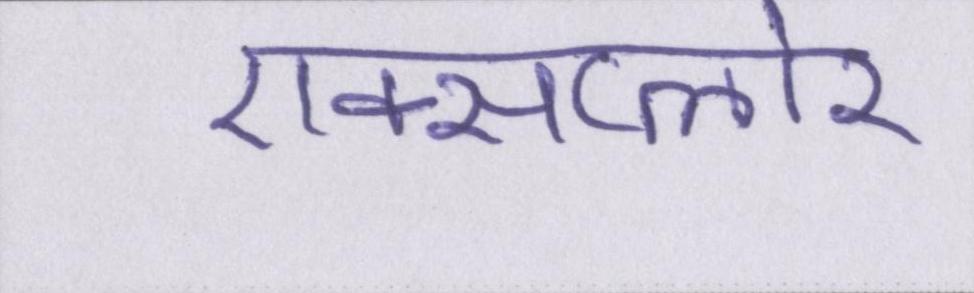
एक्सप्लोर